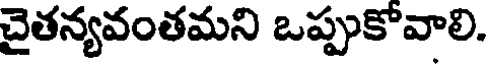
చైతన్యవంతమని ఒప్పుకోవాలి.